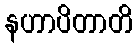
နဟာပိတာတိ